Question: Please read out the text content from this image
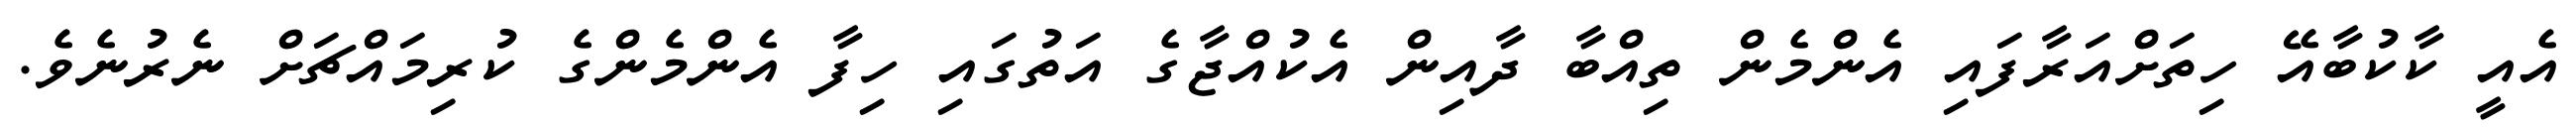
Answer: އެއީ ކާކުބާއޭ ހިތަށްއަރާފައި އެންމެން ތިއްބާ ދާއިން އެކުއްޖާގެ އަތުގައި ހިފާ އެންމެންގެ ކުރިމައްޗަށް ނެރުނެވެ.